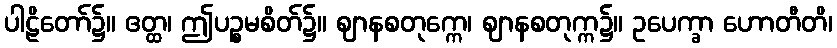
ပါဠိတော်၌။ ဧတ္ထ၊ ဤပဉ္စမစိတ်၌။ ဈာနစတုက္ကေ၊ ဈာနစတုက္က၌။ ဥပေက္ခာ ဟောတီတိ၊